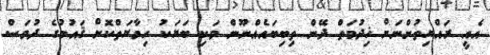
އެއީ ރައްޔިތުންނަށް ޚިދުމަތް ދޭން ތިބިބައެއްނޫން ވަކި ބަޔަކު ހިމާޔަތްކޮށް ޤައުމުގެ ދުވަސް